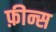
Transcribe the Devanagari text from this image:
फ़ीन्स